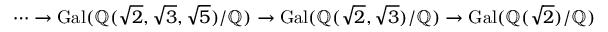
\cdots \to \operatorname { G a l } ( \mathbb { Q } ( { \sqrt { 2 } } , { \sqrt { 3 } } , { \sqrt { 5 } } ) / \mathbb { Q } ) \to \operatorname { G a l } ( \mathbb { Q } ( { \sqrt { 2 } } , { \sqrt { 3 } } ) / \mathbb { Q } ) \to \operatorname { G a l } ( \mathbb { Q } ( { \sqrt { 2 } } ) / \mathbb { Q } )